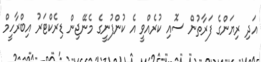
އަދި ރިޔަންގެ ފަރާތުން ސޮއި ކުރެއްވީ އެ ކުންފުނީގެ މެނޭޖިން ޑިރެކްޓަރު އިބްރާހީމް